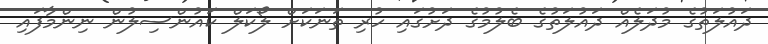
ދައުލަތުގެ މުދަލެއް ދައުލަތުގެ ބެލުމުގެ ދަށުގައި ހުރި ތަނަކަށް ލޯކަލް ކައުންސިލުން ނިންމާފައި